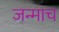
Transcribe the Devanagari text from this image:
जन्माच